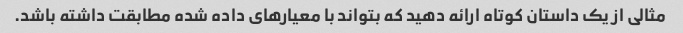
مثالی از یک داستان کوتاه ارائه دهید که بتواند با معیارهای داده شده مطابقت داشته باشد.